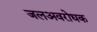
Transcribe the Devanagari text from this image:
जलअवरोधक